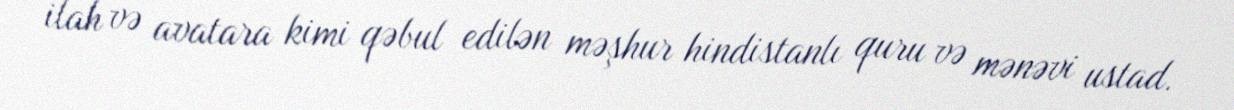
ilah və avatara kimi qəbul edilən məşhur hindistanlı quru və mənəvi ustad.